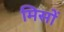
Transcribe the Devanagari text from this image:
मिसों